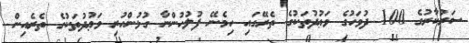
ސަރުކާރުގެ 100 ދުވަހުގެ ވަޢުދުތަކުގެ ތެރޭގައި ހިމެނޭ ފުލުހުންނާ ގުޅުންހުރި ވަޢުދުތަކުގެ ތެރެއިން